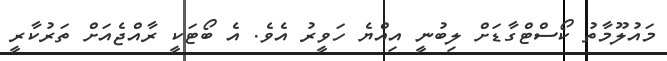
މައުލޫމާތު ކޯސްޓްގާޑަށް ލިބުނީ އިއްޔެ ހަވީރު އެެވެ. އެ ބޯޓަކީ ރާއްޖެއަށް ތަރުކާރީ